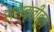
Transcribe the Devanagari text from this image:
संस्कृतीहून